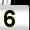
Digit: 5